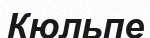
Кюльпе